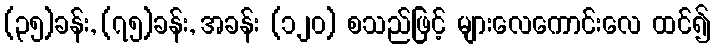
(၃၅)ခန်း, (၇၅)ခန်း, အခန်း (၁၂၀) စသည်ဖြင့် များလေကောင်းလေ ထင်၍